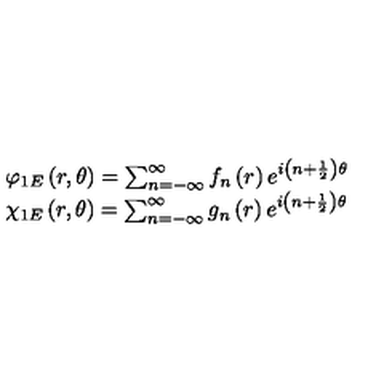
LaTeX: \begin{array} { l } { \varphi _ { 1 E } \left( r , \theta \right) = \sum _ { n = - \infty } ^ { \infty } f _ { n } \left( r \right) e ^ { i \left( n + \frac { 1 } { 2 } \right) \theta } } \\ { \chi _ { 1 E } \left( r , \theta \right) = \sum _ { n = - \infty } ^ { \infty } g _ { n } \left( r \right) e ^ { i \left( n + \frac { 1 } { 2 } \right) \theta } } \\ \end{array}